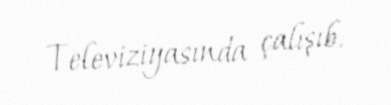
Televiziyasında çalışıb.